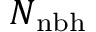
N _ { \mathrm { n b h } }